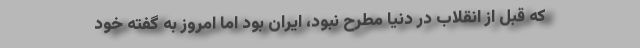
که قبل از انقلاب در دنیا مطرح نبود، ایران بود اما امروز به گفته خود